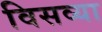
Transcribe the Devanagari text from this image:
विसव्या